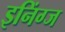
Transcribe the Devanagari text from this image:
इनिंग्ज